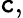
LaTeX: \mathtt{c},